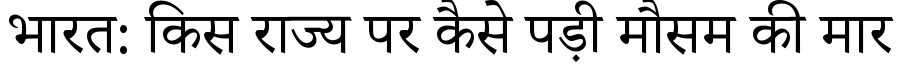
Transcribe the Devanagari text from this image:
भारत: किस राज्य पर कैसे पड़ी मौसम की मार